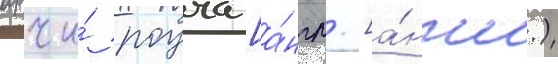
арчи́ роуча [а́нгл. [а́нгл.)